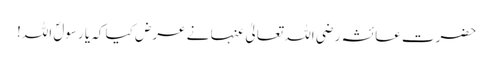
حضرت عائشہ رضی اللہ تعالیٰ عنہا نے عرض کیا کہ یا رسولؐ اللہ!